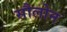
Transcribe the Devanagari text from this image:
सौलोन